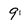
Character: 9